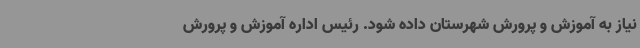
نیاز به آموزش و پرورش شهرستان داده شود. رئیس اداره آموزش و پرورش